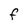
Character: f